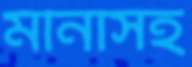
মীনাসহ